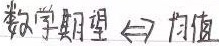
数学期望 $\Leftrightarrow$ 均值